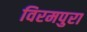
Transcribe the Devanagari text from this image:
विरमपुरा